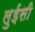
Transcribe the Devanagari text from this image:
लुईसी